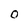
Character: 0